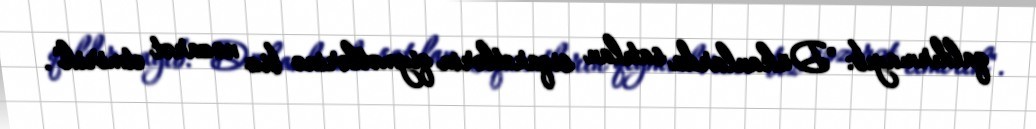
qaldırmayıb: "Dükanlarda satılan siqaretlərin qiymətlərinə biz nəzarət etmirik".